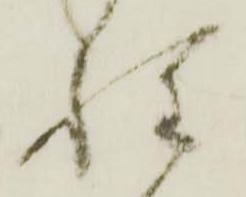
程